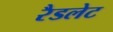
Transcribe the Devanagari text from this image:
रैडलेट